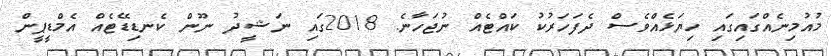
މުއުމިނެއްގައިގައި ހިޔަޅެއްވެސް ދެފަހަރުކު ކައްޓެއް ނުޖަހާނެ. 2018ގައި ނަޝީދު ނޫން ކެނޑިޑޭޓެއް އެމްޑީޕީން